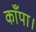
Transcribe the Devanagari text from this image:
काँपा।